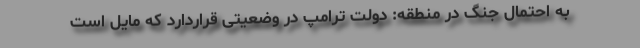
به احتمال جنگ در منطقه: دولت ترامپ در وضعیتی قراردارد که مایل است